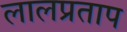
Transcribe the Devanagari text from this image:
लालप्रताप